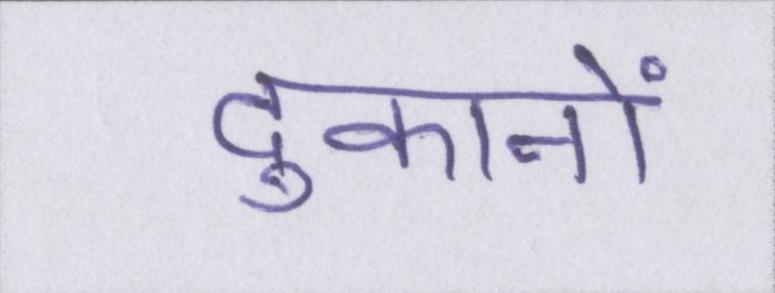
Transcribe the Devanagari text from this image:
दुकानों